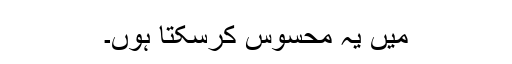
میں یہ محسوس کرسکتا ہوں۔